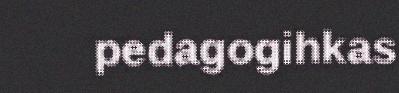
pedagogihkas